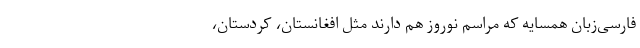
فارسی‌زبان همسایه که مراسم نوروز هم دارند مثل افغانستان،‌ کردستان،